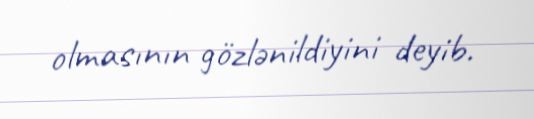
olmasının gözlənildiyini deyib.